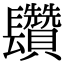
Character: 𨳄